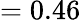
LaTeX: =0.46